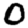
Digit: 0